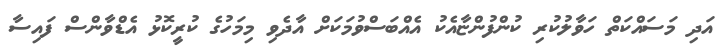
އަދި މަސައްކަތް ހަވާލުކުރި ކުންފުންޏާއެކު އެއްބަސްވުމަކަށް އާދެވި މިމަހުގެ ކުރީކޮޅު އެޑްވާންސް ފައިސާ